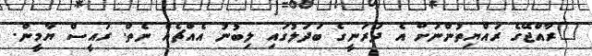
"ރާއްޖޭގެ ރައްޔިތުންނަށް އެ ދަރަނީގެ ބަދަލުގައި ލިބުނު އެއްޗެއް ނެތް. ރައީސް ޔާމީން.